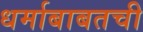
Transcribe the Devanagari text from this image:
धर्माबाबतची